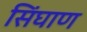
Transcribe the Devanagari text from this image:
सिंघाण